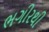
ભગીરથી